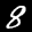
Label: 8